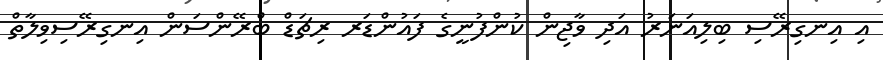
އި އިނގިރޭސި ބިލިއަނަރު އަދި ވާޖިން ކުންފުނީގެ ފައުންޑަރ ރިޗަޑް ބްރޭންސަން އިނގިރޭސިވިލާތް